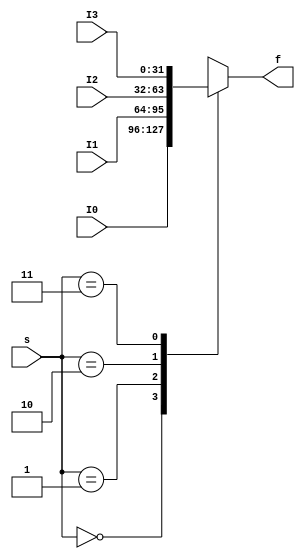
module MUX4to1_32bit(
    input [31:0] I0,
    input [31:0] I1,
    input [31:0] I2,
    input [31:0] I3,
    input [ 1:0]  s,
    output reg [31:0] f
    );
    always @(*) begin
        case (s)
            2'b00: f = I0;
            2'b01: f = I1;
            2'b10: f = I2;
            2'b11: f = I3;
        endcase
    end    
    // assign f = (s == 0) ? I0 : I1;
    
endmodule